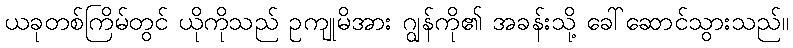
ယခုတစ်ကြိမ်တွင် ယိုကိုသည် ဥကျုမိအား ဂျွန်ကို၏ အခန်းသို့ ခေါ်ဆောင်သွားသည်။